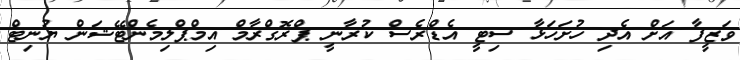
ވަޒީފާ އަށް އެދި ހުށަހަޅާ ސިޓީ އެޑްރެސް ކުރާނީ ޕްރޮގްރާމް އިމްޕްލިމެންޓޭޝަން ޔުނިޓް